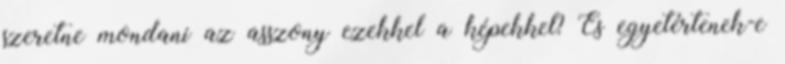
szeretne mondani az asszony ezekkel a képekkel? És egyetértenek-e